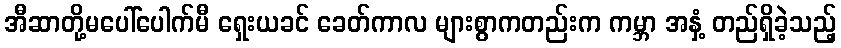
အီဆာတို့မပေါ်ပေါက်မီ ရှေးယခင် ခေတ်ကာလ များစွာကတည်းက ကမ္ဘာ အနှံ့ တည်ရှိခဲ့သည့်